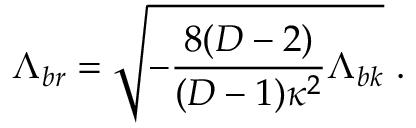
\Lambda _ { b r } = \sqrt { - \frac { 8 ( D - 2 ) } { ( D - 1 ) \kappa ^ { 2 } } \Lambda _ { b k } } \ .